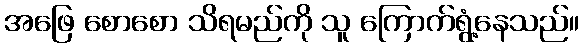
အဖြေ စောစော သိရမည်ကို သူ ကြောက်ရွံ့နေသည်။